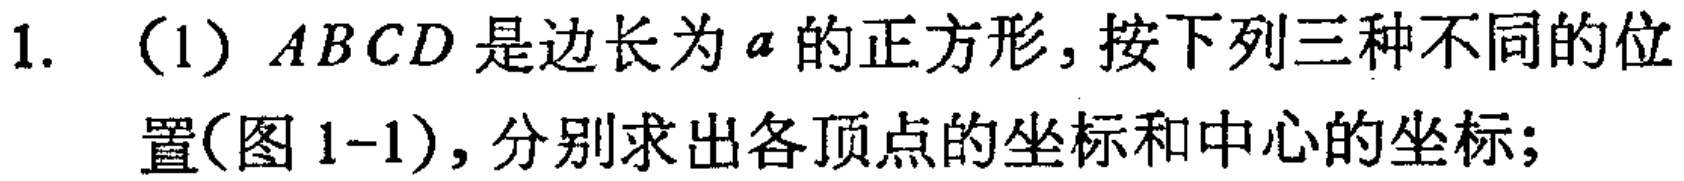
1. （1）\(ABCD\)是边长为\(a\)的正方形，按下列三种不同的位置(图1-1)，分别求出各顶点的坐标和中心的坐标；